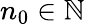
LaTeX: n_{0}\in\mathbb{N}